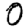
Digit: 0